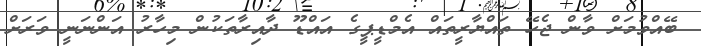
ބޭއްވުމަށް ވާން ޖެހޭ ތައްޔާރީތައް އެމްޑީޕީގެ އައްޑޫ ދާއިރާތަކުން މިހާރު އަންނަނީ ވަރަށް